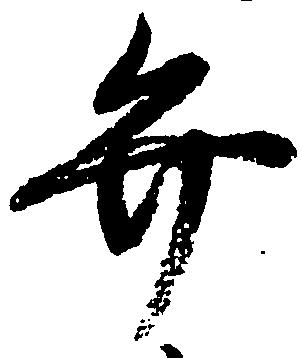
弁